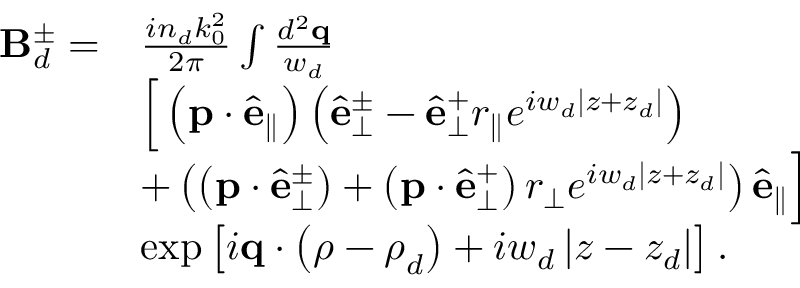
\begin{array} { r l } { \mathbf { B } _ { d } ^ { \pm } = } & { \frac { i n _ { d } k _ { 0 } ^ { 2 } } { 2 \pi } \int \frac { d ^ { 2 } \mathbf { q } } { w _ { d } } } \\ & { \Big [ \left( \mathbf { p } \cdot \hat { \mathbf { e } } _ { \parallel } \right) \left( \hat { \mathbf { e } } _ { \perp } ^ { \pm } - \hat { \mathbf { e } } _ { \perp } ^ { + } r _ { \parallel } e ^ { i w _ { d } \left\vert z + z _ { d } \right\vert } \right) } \\ & { + \left( \left( \mathbf { p } \cdot \hat { \mathbf { e } } _ { \perp } ^ { \pm } \right) + \left( \mathbf { p } \cdot \hat { \mathbf { e } } _ { \perp } ^ { + } \right) r _ { \perp } e ^ { i w _ { d } \left\vert z + z _ { d } \right\vert } \right) \hat { \mathbf { e } } _ { \parallel } \Big ] } \\ & { \exp \left[ i \mathbf { q } \cdot \left( \boldsymbol { \rho } - \boldsymbol { \rho } _ { d } \right) + i w _ { d } \left\vert z - z _ { d } \right\vert \right] . } \end{array}